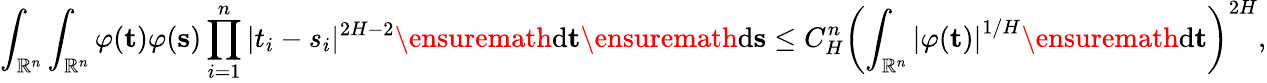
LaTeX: \int_{\mathbb{R}^{n}}\int_{\mathbb{R}^{n}}\varphi(\mathbf t)\varphi(\mathbf{s})\prod_{i=1}^{n}|t_{i}-s_{i}|^{2H-2}\ensuremath{\mathrm{d}}\mathbf{t}\ensuremath{\mathrm{d}}\mathbf{s}\le C_{H}^{n}\left(\int_{\mathbb{R}^{n}}\left|\varphi(\mathbf{t})\right|^{1/H}\ensuremath{\mathrm{d}}\mathbf{t}\right)^{2H},